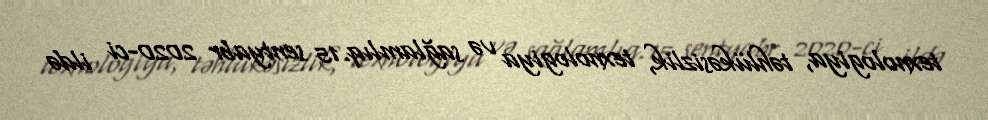
texnologiya, təhlükəsizlik, texnologiya və sağlamlıq.15 sentyabr 2020-ci ildə